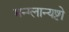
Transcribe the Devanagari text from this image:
मन्ग्लान्यष्टो